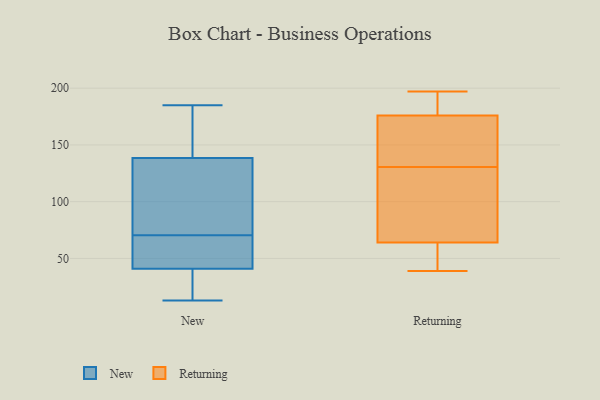
{"axis": {"x": "Shipments", "y": "Value"}, "legend": ["New", "Returning"], "data": [{"x": "", "y": 136, "type": "New"}, {"x": "", "y": 49, "type": "New"}, {"x": "", "y": 169, "type": "New"}, {"x": "", "y": 124, "type": "New"}, {"x": "", "y": 39, "type": "New"}, {"x": "", "y": 31, "type": "New"}, {"x": "", "y": 141, "type": "New"}, {"x": "", "y": 48, "type": "New"}, {"x": "", "y": 119, "type": "New"}, {"x": "", "y": 145, "type": "New"}, {"x": "", "y": 82, "type": "New"}, {"x": "", "y": 13, "type": "New"}, {"x": "", "y": 48, "type": "New"}, {"x": "", "y": 185, "type": "New"}, {"x": "", "y": 37, "type": "New"}, {"x": "", "y": 168, "type": "New"}, {"x": "", "y": 71, "type": "New"}, {"x": "", "y": 70, "type": "New"}, {"x": "", "y": 15, "type": "New"}, {"x": "", "y": 43, "type": "New"}, {"x": "", "y": 64, "type": "Returning"}, {"x": "", "y": 121, "type": "Returning"}, {"x": "", "y": 194, "type": "Returning"}, {"x": "", "y": 163, "type": "Returning"}, {"x": "", "y": 176, "type": "Returning"}, {"x": "", "y": 48, "type": "Returning"}, {"x": "", "y": 63, "type": "Returning"}, {"x": "", "y": 138, "type": "Returning"}, {"x": "", "y": 99, "type": "Returning"}, {"x": "", "y": 186, "type": "Returning"}, {"x": "", "y": 39, "type": "Returning"}, {"x": "", "y": 142, "type": "Returning"}, {"x": "", "y": 197, "type": "Returning"}, {"x": "", "y": 123, "type": "Returning"}]}